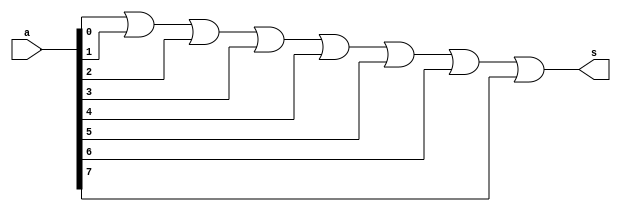
// -------------------------
// Exercicio12 - (receber um byte e retornar 1, se algum de seus bits for igual a 1)
// Nome: Djonatas Tulio Rodrigues Costa
// -------------------------

// -------------------------
// -- or gate
// -------------------------
module orgate (output s, input [7:0]a);
	assign s = (a[0] | a[1] | a[2] | a[3] | a[4] | a[5] | a[6] | a[7]);
endmodule // orgate

// -------------------------
// -- test or gate
// -------------------------
module testorgate;
	reg [7:0]a;	// definir registrador
			// (variavel independente)
	wire s;		// definir conexao (fio)
			// (variavel dependente)
// ------------------------- instancia
	orgate OR1 (s, a);
// ------------------------- preparacao
	initial begin:start
		a=8'b00000000;
	end
// ------------------------- parte principal
	initial begin:main
		$display("Exercicio12 - Djonatas Tulio Rodrigues Costa - 440954");
		$display("Test OR gate");
		$display("\nbyte     = s\n");
		$monitor("%b = %b", a, s);
	#1 a=8'b00000001;
	#1 a=8'b00000010;
	#1 a=8'b00000100;
	#1 a=8'b00001000;
	#1 a=8'b00010000;
	#1 a=8'b00100000;
	#1 a=8'b01000000;
	#1 a=8'b10000000;
	#1 a=8'b11111111;
	end

endmodule // orgate